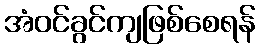
အံဝင်ခွင်ကျဖြစ်စေရန်